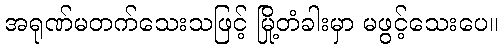
အရုဏ်မတက်သေးသဖြင့် မြို့တံခါးမှာ မဖွင့်သေးပေ။